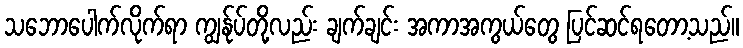
သဘောပေါက်လိုက်ရာ ကျွန်ုပ်တို့လည်း ချက်ချင်း အကာအကွယ်တွေ ပြင်ဆင်ရတော့သည်။